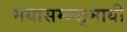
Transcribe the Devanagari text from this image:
मयासम्यङ्मायी